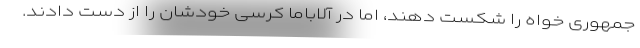
جمهوری خواه را شکست دهند، اما در آلاباما کرسی خودشان را از دست دادند.